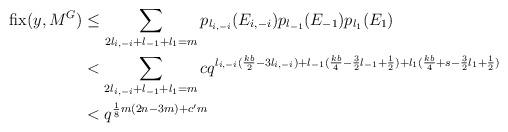
LaTeX: \begin{align*}\operatorname{fix}(y,M^G) &\le \sum_{2l_{i,-i}+l_{-1}+l_1=m} p_{l_{i,-i}}(E_{i,-i})p_{l_{-1}}(E_{-1}) p_{l_1}(E_1) \\&<\sum_{2l_{i,-i}+l_{-1}+l_1=m} cq^{l_{i,-i}(\frac{kb}{2}-3l_{i,-i})+l_{-1}(\frac{kb}{4}-\frac{3}{2}l_{-1}+\frac{1}{2})+l_{1}(\frac{kb}{4}+s-\frac{3}{2}l_{1}+\frac{1}{2})} \\&< q^{\frac{1}{8}m(2n-3m)+c'm}\end{align*}